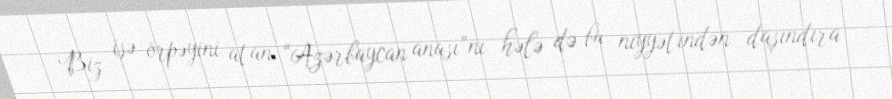
Biz isə örpəyini atan “Azərbaycan anası”nı hələ də bu niyyətindən daşındıra